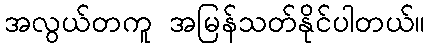
အလွယ်တကူ အမြန်သတ်နိုင်ပါတယ်။